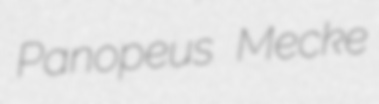
Panopeus Mecke